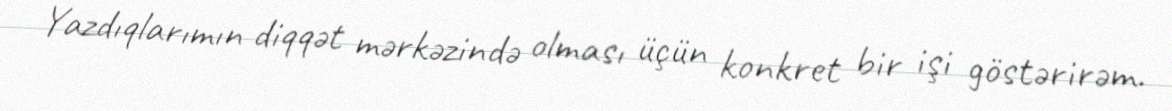
Yazdıqlarımın diqqət mərkəzində olması üçün konkret bir işi göstərirəm.